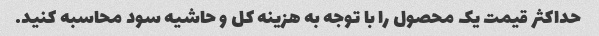
حداکثر قیمت یک محصول را با توجه به هزینه کل و حاشیه سود محاسبه کنید.